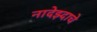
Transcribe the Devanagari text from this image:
नादेझ्दाचे